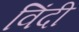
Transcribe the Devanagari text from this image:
विंदी